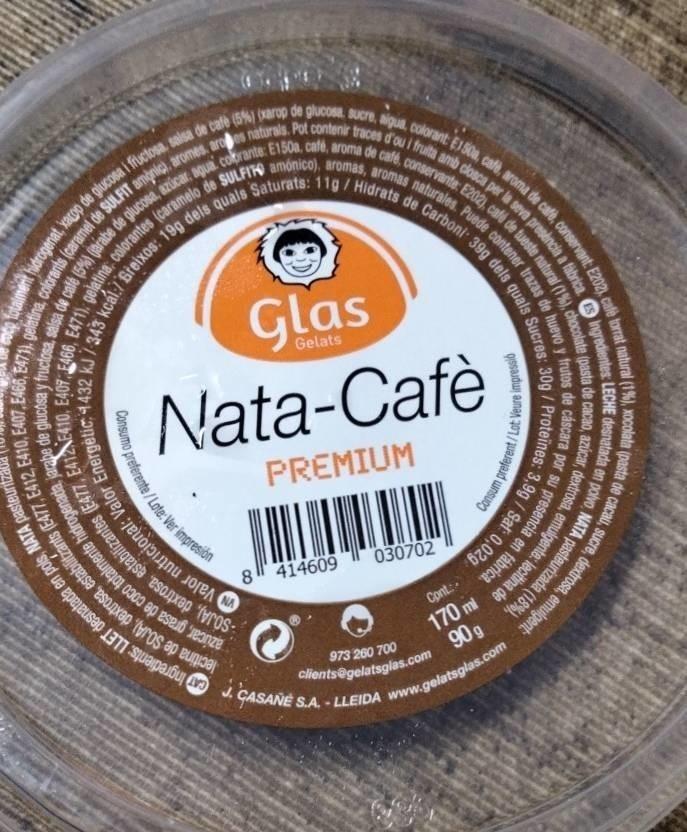
it hidrogenat, xacop de glucosa i fructosa, salsa de cafe (5%) (xarop de glucosa, sucre, aigua, colorant: E150a, cafè, aroma de cafe, conservant: E202), cafe (5%) (jarabe de glucosa, azucar, agua. colorante: E150a, café, aroma de café, conservante: E202), café de tueste natural (1%), c gelatina, colorantes (caramelo de SULFIR amónico), aromas, aromas naturales. Puede contener trazas d cal:/Greixos: 19g dels quals Saturats: 11g / Hidrats de Carboni: 39g dels quals S
lecitina de SOJA), dextrosa, estabilitzants (E477, E412, E410, E407, E466, E471), gelatina, colorants (caramel de SULFIT amonic), arome -SOJA), dextrosa, estabilizantes (E477, E412 E410, E407, E466, E471) gelatina, colorantes (caramelo c VN Valor nutricional: Valor Energètic, 4432 kJ / 343 kcal:/ Breixos: 19g dels q
doca
o e per le
by a
Consumo preferente/Lote:Ver impresión
Gelats
Nata-Cafè
PREMIUM
J
8
414609
amb closca per la seva presència a fabrica. ES Ingredientes: LECHE desnatada en polvo, NATA pasteurizada (18%). naturales. Puede contener trazas de huevo y frutos de cáscara por su presencia en fábrica. OLL
CASAÑE
030702
Cont:
973 260 700
clients@gelatsglas.com
ml
90 g
Consum preferent/Lot Veure impressió
9g / Sal: 0,02g
emulgente: lecitina de
S.A.-LLEIDA www.gelatsglas.com que o